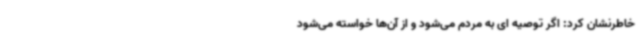
خاطرنشان کرد: اگر توصیه ای به مردم می‌شود و از آن‌ها خواسته می‌شود